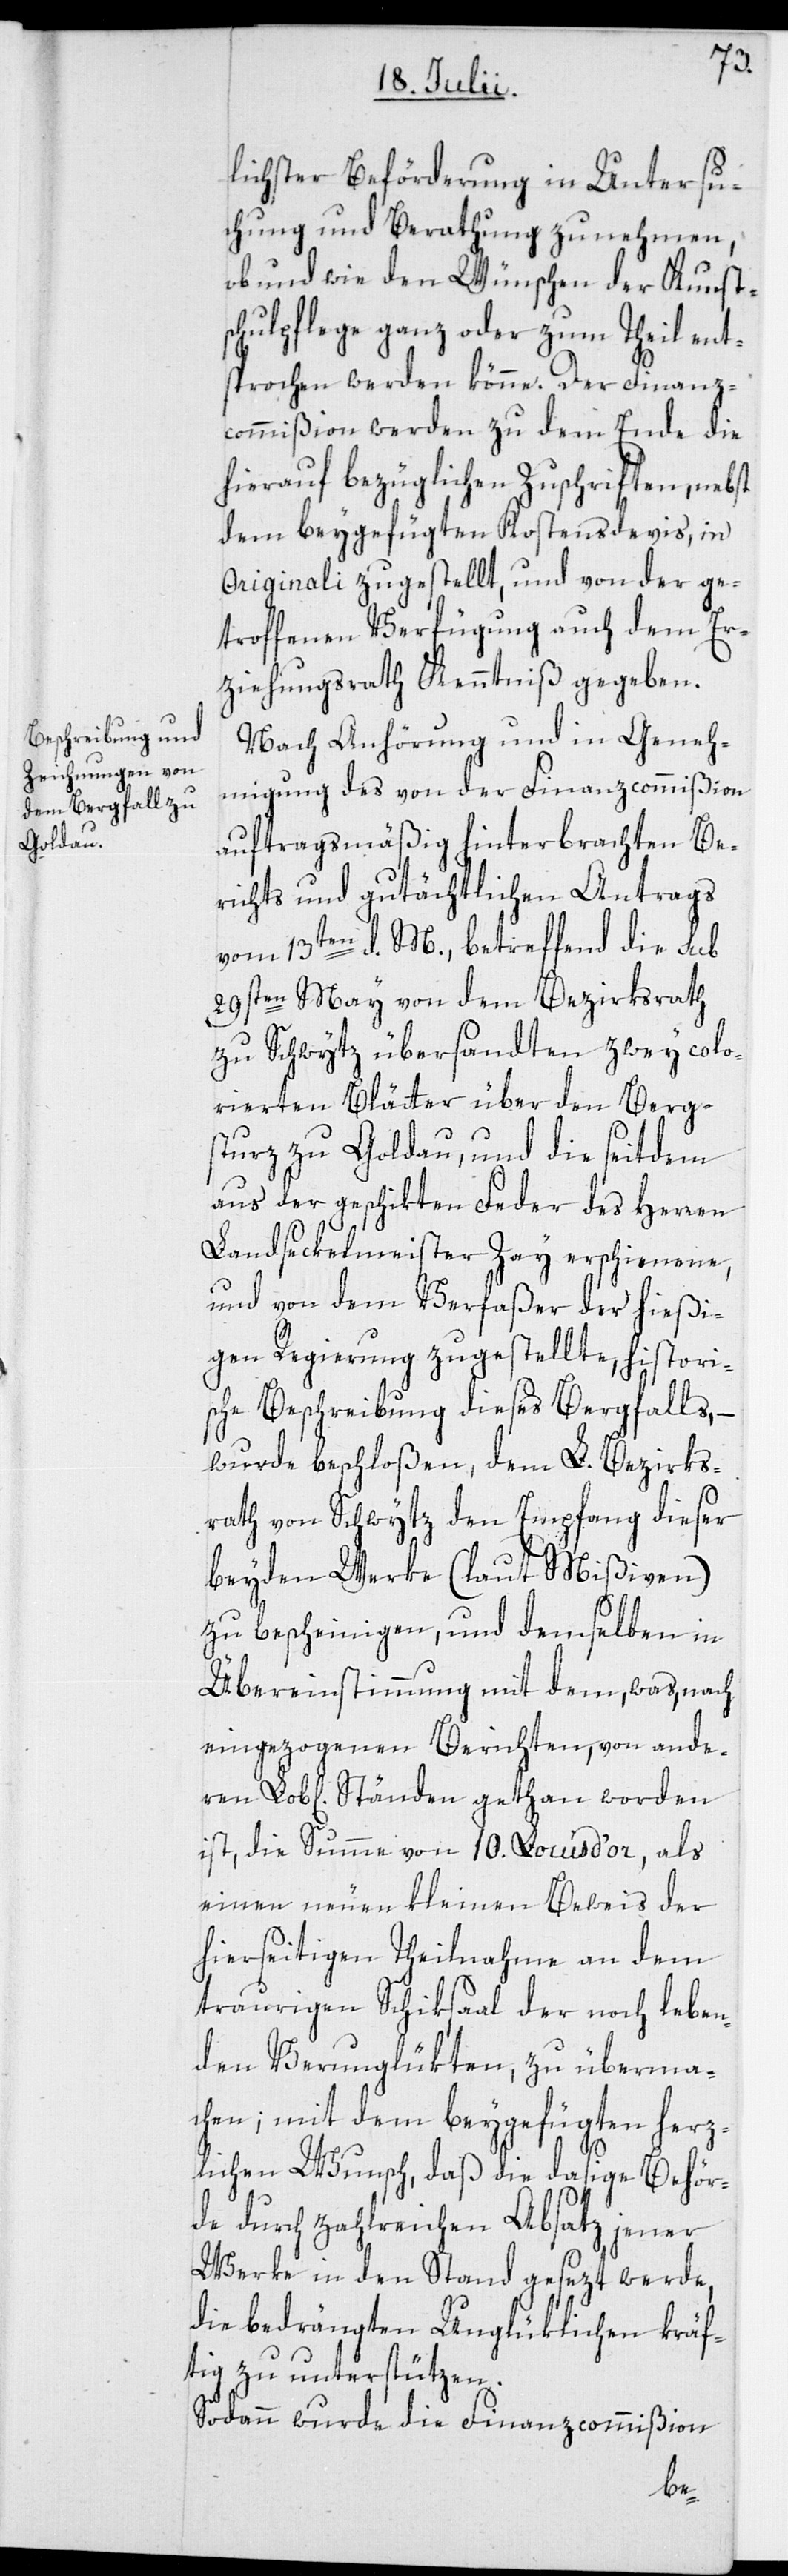
lichster Beförderung in Untersu¬
chung und Berathung zu nehmen,
ob und wie den Wünschen der Kunsts¬
chulpflege ganz oder zum Theil ent¬
sprochen werden könne. Der Finanz¬
commißion werden zu dem Ende die
hierauf bezüglichen Zuschriften, nebst
dem beygefügten Kostensdevis, in
Originali zugestellt, und von der ge¬
troffenen Verfügung auch dem Er¬
ziehungsrath Kenntniß gegeben.
Nach Anhörung und in Geneh¬
migung des von der Finanzcommißion
auftragsmäßig hinterbrachten Be¬
richts und gutächtlichen Antrags
vom 13ten d. M., betreffend die sub
29sten May von dem Bezirksrath
zu Schwytz übersandten zwey colo¬
rierten Blätter über den Berg¬
sturz zu Goldau, und die seitdem
aus der geschikten Feder des Herren
Landseckelmeister Zay erschienene,
und von dem Verfaßer der hießi¬
gen Regierung zugestellte, histori¬
sche Beschreibung dieses Bergfalls, –
wurde beschloßen, dem L. Bezirks¬
rath von Schwytz den Empfang dieser
beyden Werke (laut Mißiven)
zu bescheinigen, und demselben in
Übereinstimmung mit dem, was, nach
eingezogenen Berichten, von anderen
ist, die Summe von 10. Louis d’or, als
einen neuen kleinen Beweis der
hierseitigen Theilnahme an dem
traurigen Schiksaal der noch leben¬
den Verunglükten, zu überma¬
chen; mit dem beygefügten herz¬
lichen Wunsch, daß die dasige Behör¬
de durch zahlreichen Absatz jener
Werke in den Stand gesezt werde,
die bedrängten Unglüklichen kräf¬
tig zu unterstützen.
Sodann wurde die Finanzcommißion